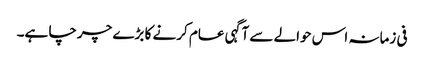
فی زمانہ اس حوالے سے آگہی عام کرنے کا بڑے چرچا ہے۔